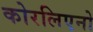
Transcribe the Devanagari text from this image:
कोरलिएनो